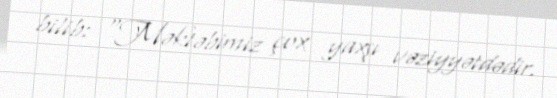
bilib: “Məktəbimiz çox yaxşı vəziyyətdədir.